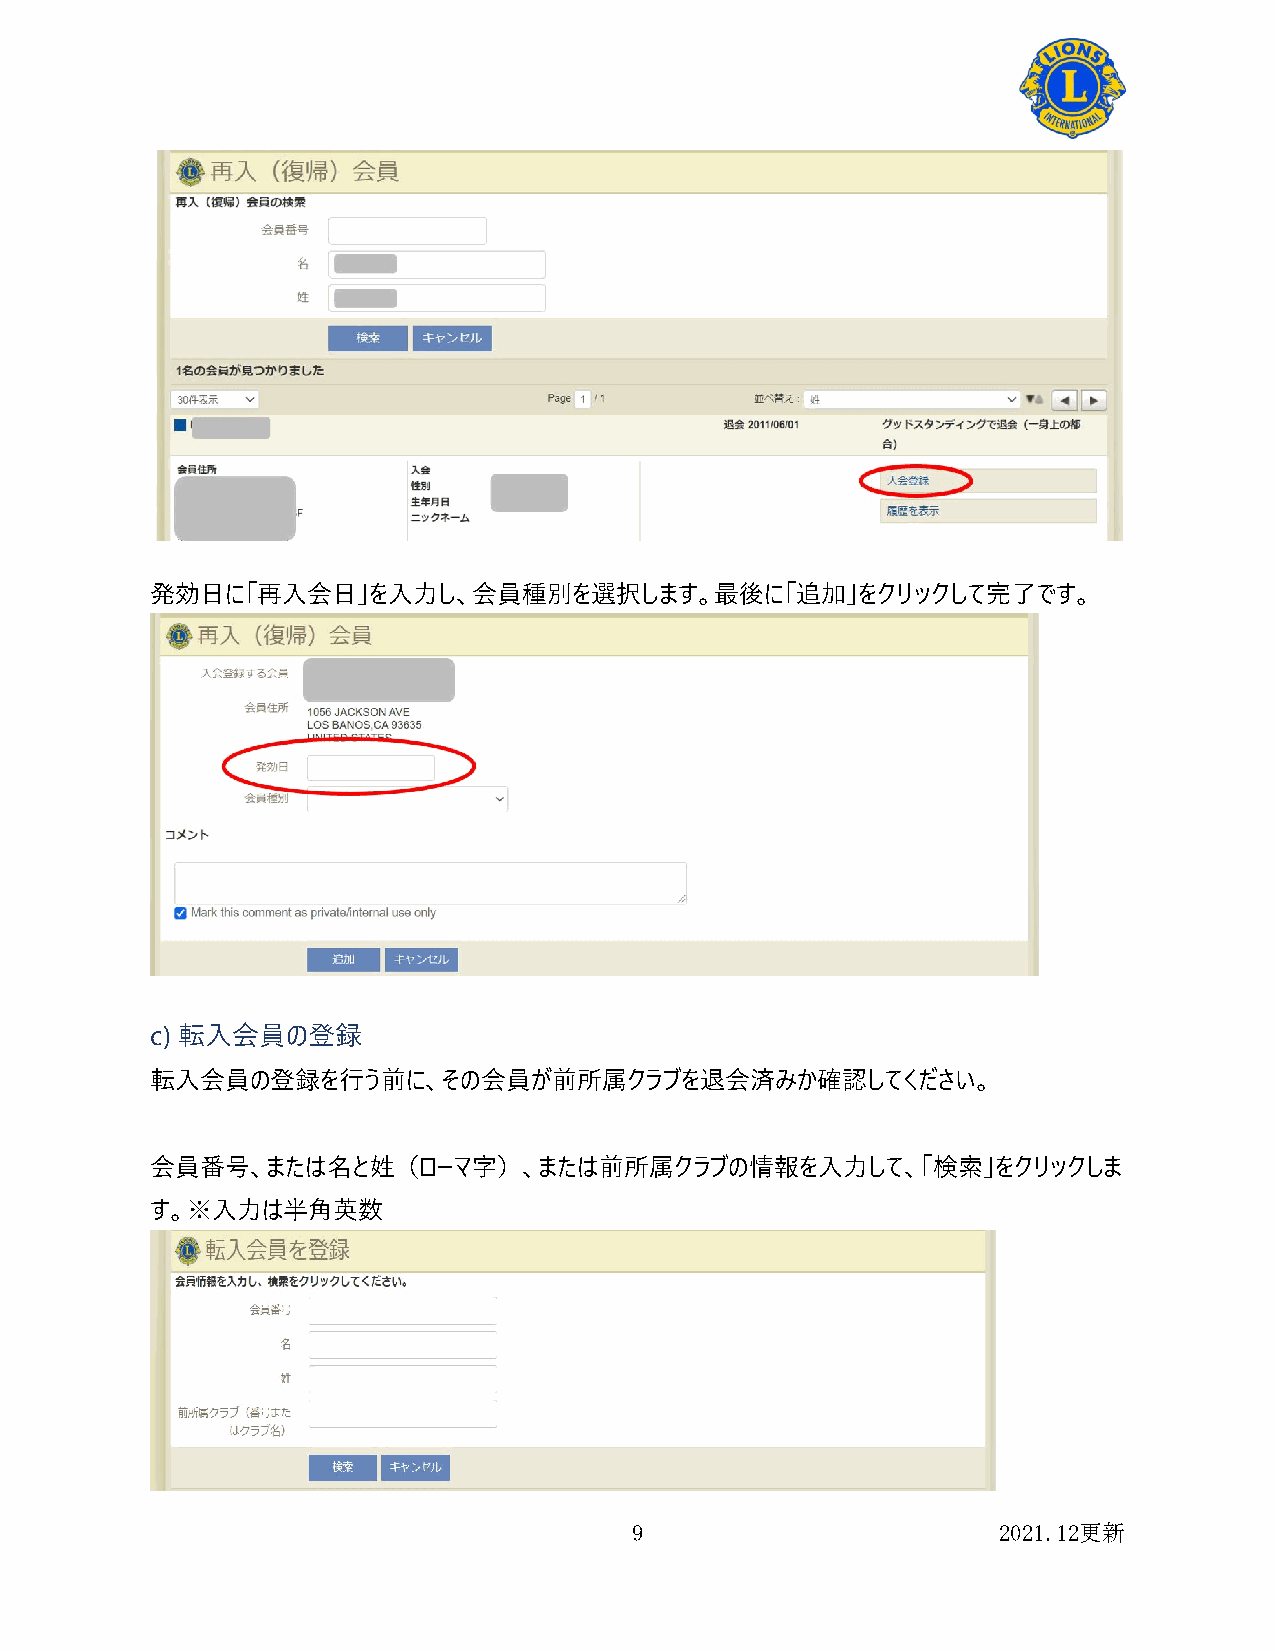
発効日に「再入会日」を入力し、会員種別を選択します。最後に「追加」をクリックして完了です。
 c) 転入会員の登録
 転入会員の登録を行う前に、その会員が前所属クラブを退会済みか確認してください。
 会員番号、または名と姓（ローマ字）、または前所属クラブの情報を入力して、「検索」をクリックしま
 す。※入力は半角英数
 9                       2021.12更新